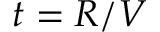
t = R / V